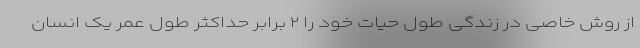
از روش خاصی در زندگی طول حیات خود را ۲ برابر حداکثر طول عمر یک انسان